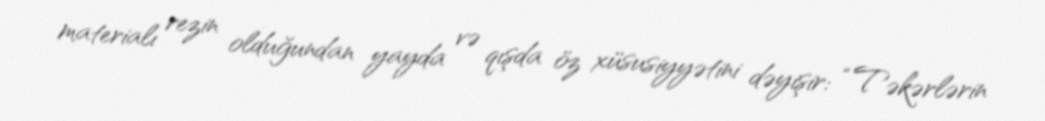
materialı rezin olduğundan yayda və qışda öz xüsusiyyətini dəyişir: “Təkərlərin